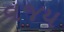
વજય